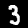
Label: 3